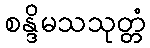
စန္ဒိမသသုတ္တံ